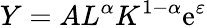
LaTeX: Y=AL^{\alpha}K^{1-\alpha}\mathrm{e}^{\varepsilon}